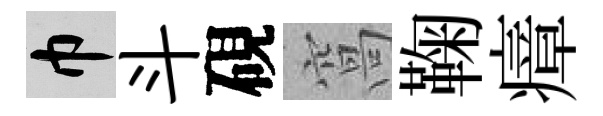
巾斗硯窩鞠瘴